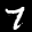
Label: 7